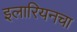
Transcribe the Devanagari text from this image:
इलारियनचा